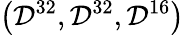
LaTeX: \left(\mathcal{D}^{32},\mathcal{D}^{32},\mathcal{D}^{16}\right)